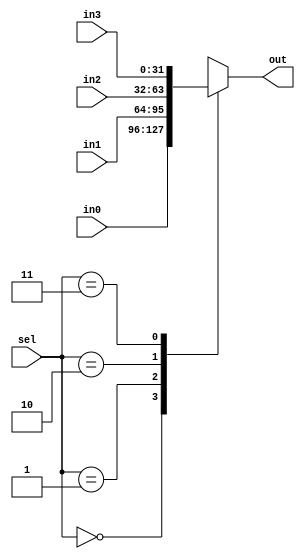
module mux_4x1 #(parameter W=32) (in0,in1,in2,in3,sel,out);
	input [(W-1):0] in0,in1,in2,in3;
	input [1:0] sel;
	output reg [(W-1):0] out;
	
	always @(in0,in1,in2,in3,sel)
		case(sel)
			2'b00: out = in0;
			2'b01: out = in1;
			2'b10: out = in2;
			2'b11: out = in3;
		endcase
		
endmodule